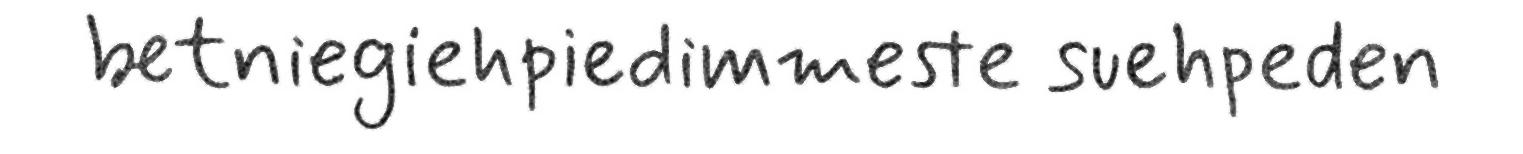
betniegiehpiedimmeste suehpeden